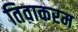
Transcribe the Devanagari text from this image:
तिवाकरम